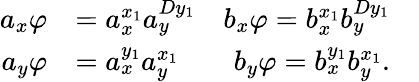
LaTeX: \begin{array}{rlrl}{a_{x}\varphi}&{=a_{x}^{x_{1}}a_{y}^{Dy_{1}}}&{b_{x}\varphi=b_{x}^{x_{1}}b_{y}^{Dy_{1}}}&{}\\ {a_{y}\varphi}&{=a_{x}^{y_{1}}a_{y}^{x_{1}}}&{b_{y}\varphi=b_{x}^{y_{1}}b_{y}^{x_{1}}.}&{}\end{array}